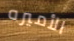
الأميره